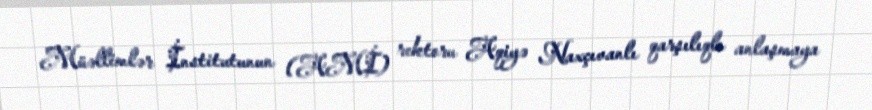
Müəllimlər İnstitutunun (AMİ) rektoru Aqiyə Naxçıvanlı qarşılıqlı anlaşmaya